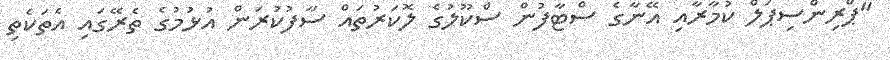
"ޕްރިންސިޕަލް ކުމާރާއި އޭނާގެ ސްޓާފުން ސްކޫލުގެ ލޮކަރުތައް ސާފުކުރަން އުޅުމުގެ ތެރޭގައި އެތަކެތި